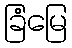
ခြံမြေ